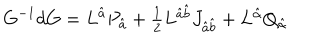
LaTeX: G ^ { - 1 } d G = L ^ { \hat { a } } P _ { \hat { a } } + \textstyle { \frac { 1 } { 2 } } L ^ { \hat { a } \hat { b } } J _ { \hat { a } \hat { b } } + L ^ { \hat { \alpha } } Q _ { \hat { \alpha } }